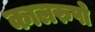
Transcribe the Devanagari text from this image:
कालरुपो